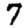
Digit: 7